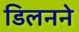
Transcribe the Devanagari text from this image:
डिलनने